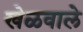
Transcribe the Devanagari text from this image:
खेळवाले